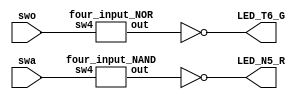
module four_input_NAND_and_NOR_GATE(swa ,swo , LED_N5_R, LED_T6_G);
input [3:0] swa;
input [3:0] swo;
output reg LED_N5_R;
output reg LED_T6_G;
wire outa;
wire outo;
always @(swo or swa) begin
	LED_N5_R=~outa;
	LED_T6_G=~outo;
	
end
four_input_NAND NAND(
	.sw4(swa),
	.out(outa)
	);

four_input_NOR NOR(
	.sw4(swo),
	.out(outo)
	);

endmodule

module four_input_NAND(sw4, out);
input [3:0] sw4;
output reg out;

always @(sw4) begin
	if (sw4==4'b1111) begin
		out=1'b0;
		
	end
	else begin
		out=1'b1;
	end
end

endmodule


module four_input_NOR(sw4, out);
input [3:0] sw4;
output reg out;

always @(sw4) begin
	if (sw4==4'b0000) begin
		out=1'b1;
		
	end
	else begin
		out=1'b0;
	end
end

endmodule